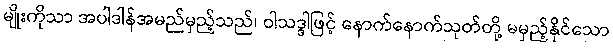
မျိုးကိုသာ အပါဒါန်အမည်မှည့်သည်၊ ဝါသဒ္ဒါဖြင့် နောက်နောက်သုတ်တို့ မမှည့်နိုင်သော